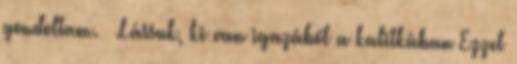
gondoltam. – Lássuk, ki van igazából a kalitkában Ezzel